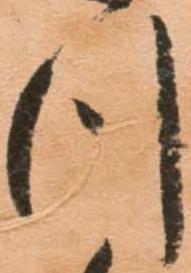
つ